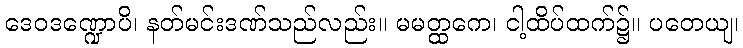
ဒေဝဒဏ္ဍောပိ၊ နတ်မင်းဒဏ်သည်လည်း။ မမတ္ထကေ၊ ငါ့ထိပ်ထက်၌။ ပတေယျ၊